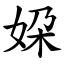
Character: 㛆